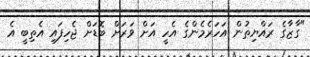
"ގާޒާގެ ރައްޔިތުން އަހަރެމެންގެ އެހީ އަށް ވަރަށް ބޮޑަށް ޖެހިފައި އެތިބީ އެ